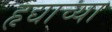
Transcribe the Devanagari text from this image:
हृद्याच्या